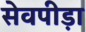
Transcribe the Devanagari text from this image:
सेवपीड़ा